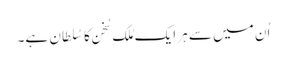
اُن میں سے ہر ایک مُلکِ سُخن کا سُلطان ہے۔